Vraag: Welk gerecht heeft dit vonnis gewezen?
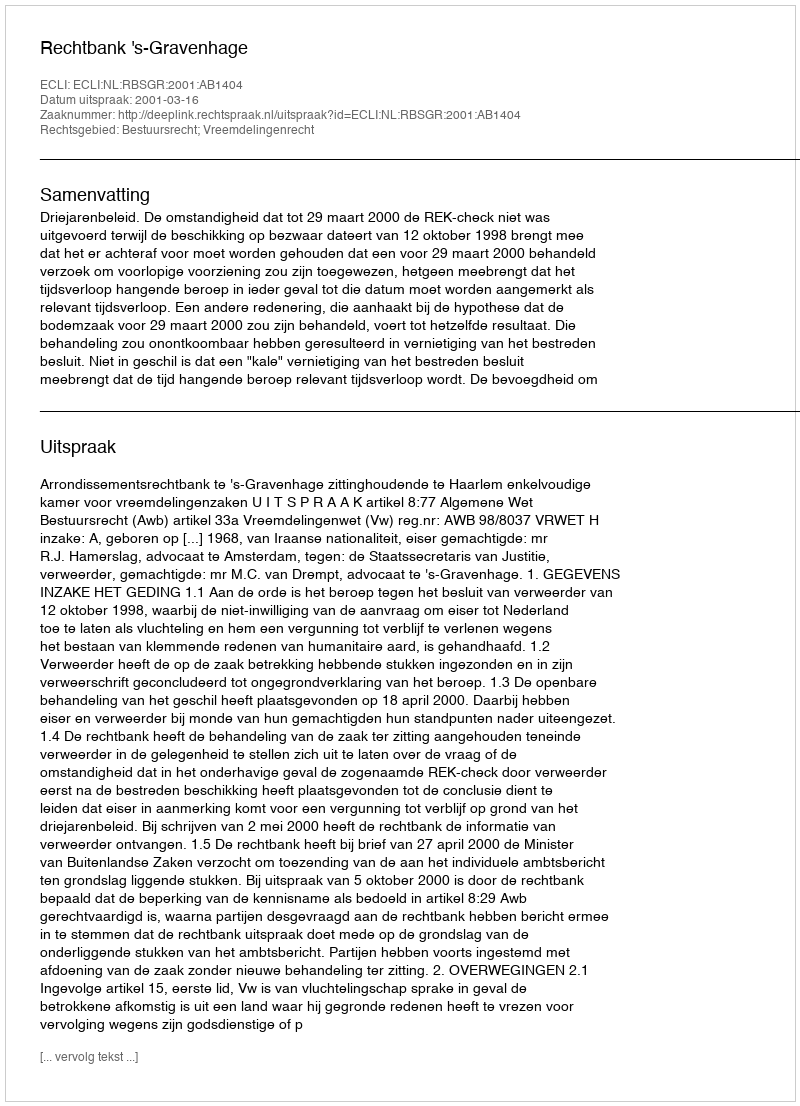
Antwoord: Rechtbank 's-Gravenhage